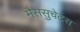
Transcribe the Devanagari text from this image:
मैससुचेटस